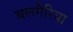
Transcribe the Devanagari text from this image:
बलगैरिया